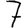
Digit: 7